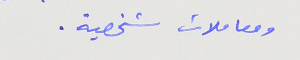
ومعاملات شخصية .